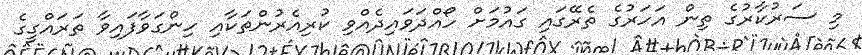
މި ސަރުކާރުގެ ތިން އަހަރުގެ ތެރޭގައި ގައުމަށް ހޯއްދަވައިދެއްވި ކުރިއެރުންތަކާއި ހިންގަވާފައިވާ ތަރައްގީގެ